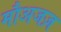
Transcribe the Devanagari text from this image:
मौअजज़